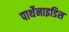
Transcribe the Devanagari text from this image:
पार्थेनाइडिस